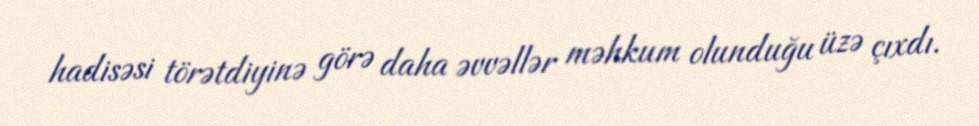
hadisəsi törətdiyinə görə daha əvvəllər məhkum olunduğu üzə çıxdı.